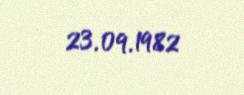
23.09.1982